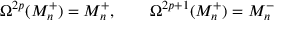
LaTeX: \Omega ^ { 2 p } ( M _ { n } ^ { + } ) = M _ { n } ^ { + } , \qquad \Omega ^ { 2 p + 1 } ( M _ { n } ^ { + } ) = M _ { n } ^ { - }